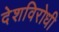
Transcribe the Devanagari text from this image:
देशविरोधी